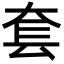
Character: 套